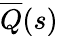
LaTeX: \overline{{Q}}(s)